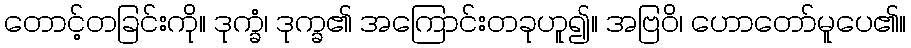
တောင့်တခြင်းကို။ ဒုက္ခံ၊ ဒုက္ခ၏ အကြောင်းတခုဟူ၍။ အဗြဝိ၊ ဟောတော်မူပေ၏။